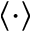
\langle \cdot \rangle